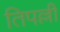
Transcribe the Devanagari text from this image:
तिपल्ली